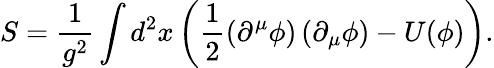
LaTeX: S=\frac{1}{g^{2}}\int d^{2}x\left(\frac{1}{2}\left(\partial^{\mu}\phi\right)\left(\partial_{\mu}\phi\right)-U(\phi)\right).